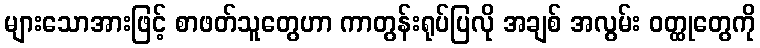
များသောအားဖြင့် စာဖတ်သူတွေဟာ ကာတွန်းရုပ်ပြလို အချစ် အလွမ်း ဝတ္ထုတွေကို